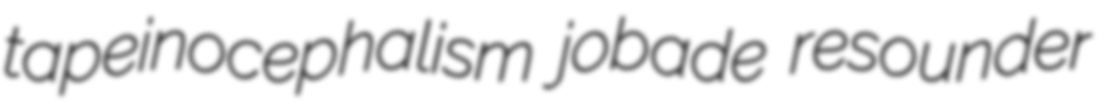
tapeinocephalism jobade resounder